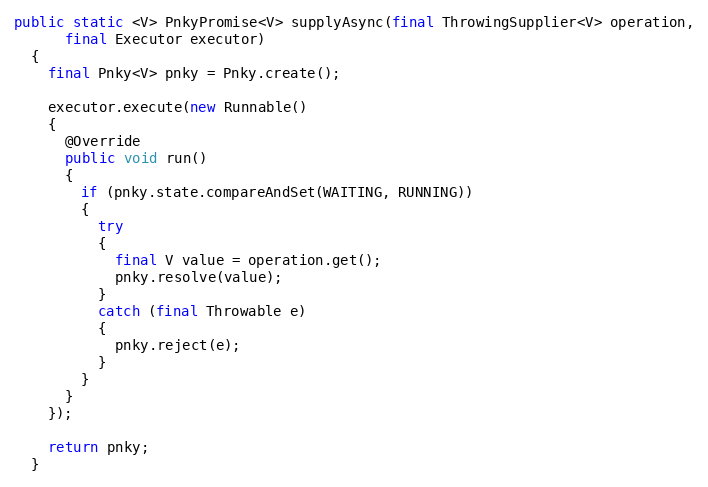
Language: Java
public static <V> PnkyPromise<V> supplyAsync(final ThrowingSupplier<V> operation,
      final Executor executor)
  {
    final Pnky<V> pnky = Pnky.create();

    executor.execute(new Runnable()
    {
      @Override
      public void run()
      {
        if (pnky.state.compareAndSet(WAITING, RUNNING))
        {
          try
          {
            final V value = operation.get();
            pnky.resolve(value);
          }
          catch (final Throwable e)
          {
            pnky.reject(e);
          }
        }
      }
    });

    return pnky;
  }